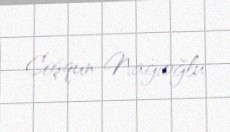
Coşqun Nağıoğlu